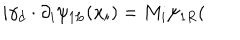
i \gamma _ { d } \cdot \partial _ { i } \psi _ { 1 L } ( \mathbf { x } _ { i } ) = M _ { i } \psi _ { 1 R } (